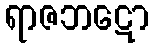
ရာဇဘဋော